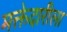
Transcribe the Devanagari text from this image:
मक्तेदारीला